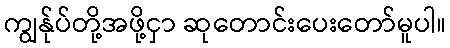
ကျွန်ုပ်တို့အဖို့ငှာ ဆုတောင်းပေးတော်မူပါ။